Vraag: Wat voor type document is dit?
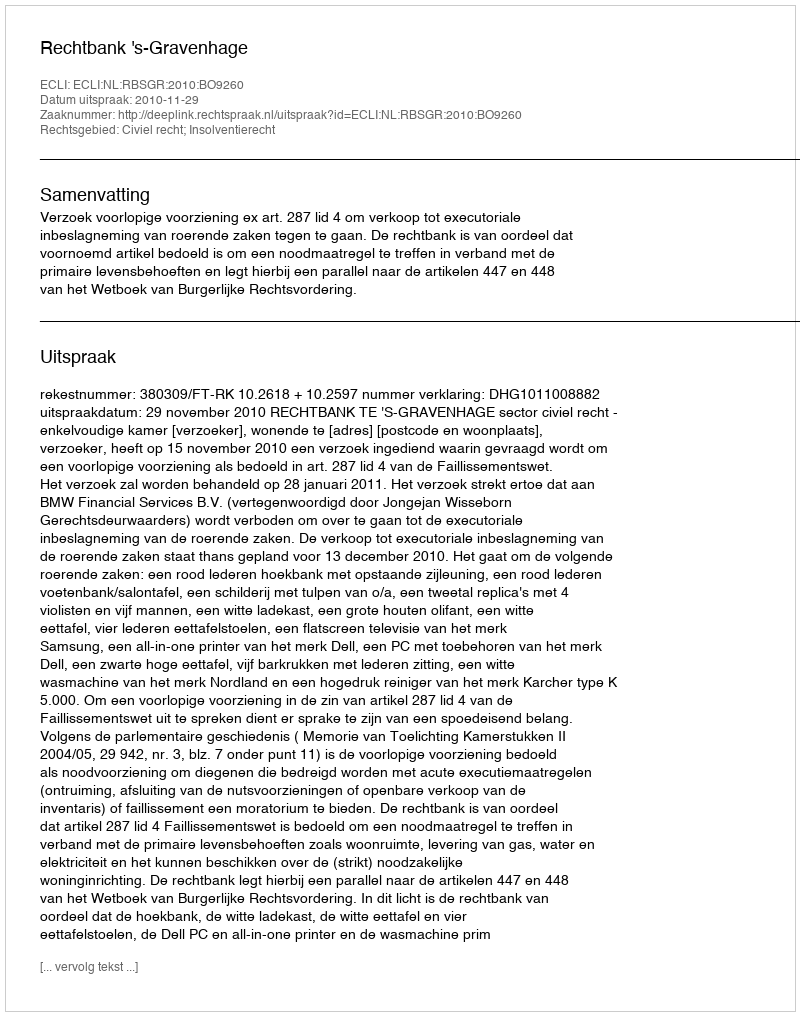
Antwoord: Uitspraak